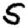
Digit: 5